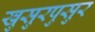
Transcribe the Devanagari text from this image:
खुसुरपुसुर